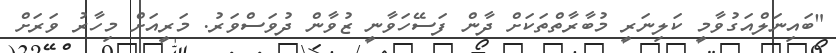
"ބައިނަލްއަގުވާމީ ކަލިނަރީ މުބާރާތްތަކަށް ދާން ފަސޭހަވާނީ ޒުވާން ދުވަސްވަރު. މަރީއަށް މިހާރު ވަރަށް